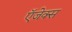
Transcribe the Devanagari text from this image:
ऍजेक्स